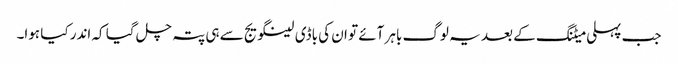
جب پہلی میٹنگ کے بعد یہ لوگ باہر آئے تو ان کی باڈی لینگویج سے ہی پتہ چل گیا کہ اندر کیا ہوا۔